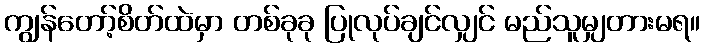
ကျွန်တော့်စိတ်ထဲမှာ တစ်ခုခု ပြုလုပ်ချင်လျှင် မည်သူမျှတားမရ။